Source: Handwritten
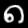
Digit: ၈ (8)